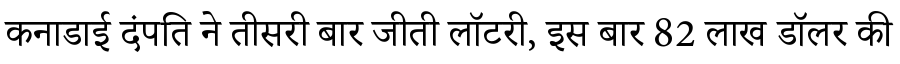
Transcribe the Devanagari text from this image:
कनाडाई दंपति ने तीसरी बार जीती लॉटरी, इस बार 82 लाख डॉलर की